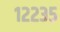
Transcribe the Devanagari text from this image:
१२२३५